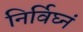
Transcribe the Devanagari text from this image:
निर्विघ्नं